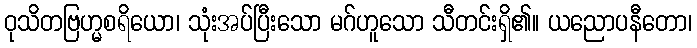
ဝုသိတဗြဟ္မစရိယော၊ သုံးအပ်ပြီးသော မဂ်ဟူသော သီတင်းရှိ၏။ ယညောပနီတော၊